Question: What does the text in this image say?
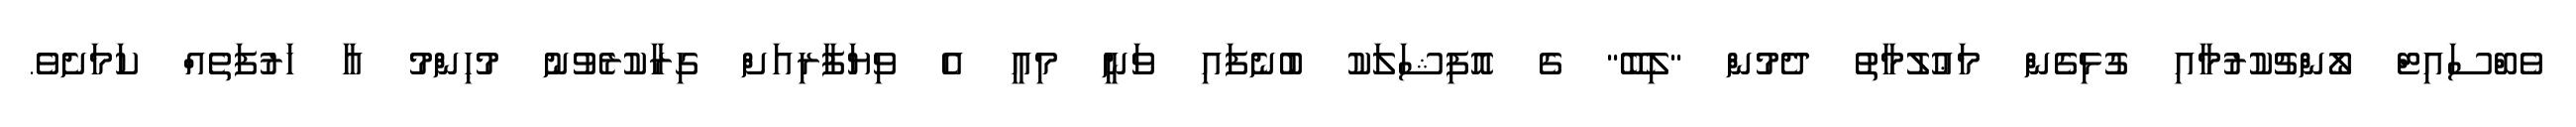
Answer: ވެބްސައިޓް ލޯންޗުކުރުމާއި ގުޅިގެން މަޢުލުމާތު ދެމުން "ލިބޭ" ގެ އޮފިޝަލަކު ބުނެފައި ވަނީ މިއީ އެ ވިޔަފާރިއަށް ގިރާކުރެވުނު މުޙިންމު އާ ހަރުފަތެއް ކަމަށެވެ.